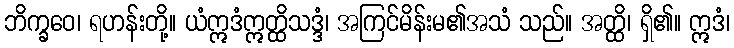
ဘိက္ခဝေ၊ ရဟန်းတို့။ ယံဣဒံဣတ္ထိသဒ္ဒံ၊ အကြင်မိန်းမ၏အသံ သည်။ အတ္ထိ၊ ရှိ၏။ ဣဒံ၊